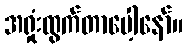
အရှုံးထွက်တာပေါ့နော်။